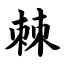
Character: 棘